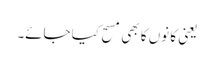
یعنی کا نوں کا بھی مسح کیا جائے۔